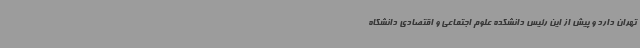
تهران دارد و پیش از این رئیس دانشکده علوم اجتماعی و اقتصادی دانشگاه